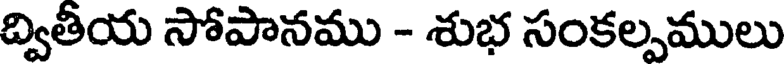
ద్వితీయ సోపానము - శుభ సంకల్పములు